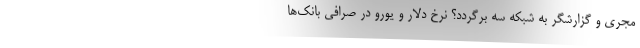
مجری و گزارشگر به شبکه سه برگردد؟ نرخ دلار و یورو در صرافی بانک‌ها